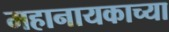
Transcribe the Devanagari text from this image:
महानायकाच्या